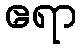
ဧရာ